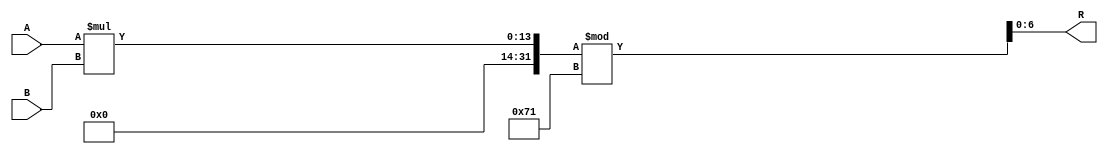
module mult_mod_113(A, B, R    );


input  [7:1] A, B;
output [7:1] R ; 

assign R = (A * B) % 113;

endmodule